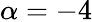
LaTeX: \alpha=-4